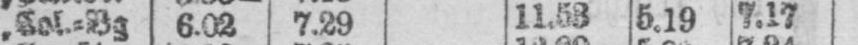
„ Col⸗Bg 6.02 7.29 11.53 5.19 7.17